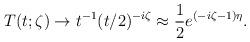
LaTeX: \begin{align*}T(t ; \zeta )\to t^{-1}(t/2)^{-i\zeta }\approx \frac{1}{2}e^{(-i\zeta -1)\eta }.\end{align*}